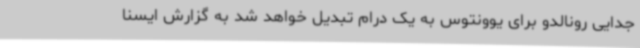
جدایی رونالدو برای یوونتوس به یک درام تبدیل خواهد شد به گزارش ایسنا